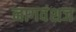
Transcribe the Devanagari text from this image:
नागवंशज